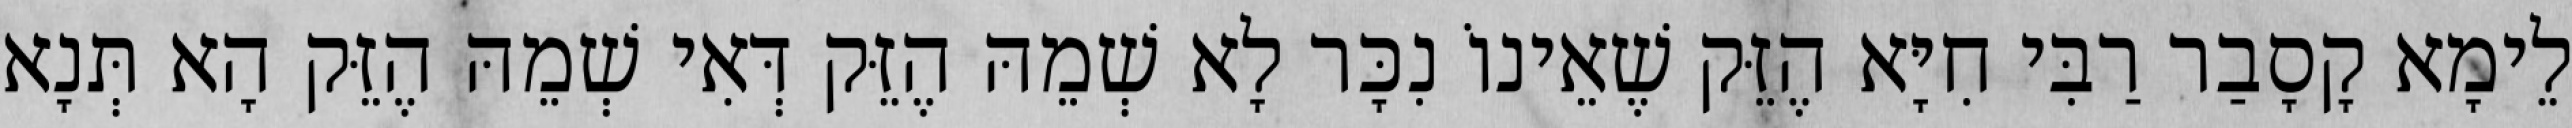
לֵימָא קָסָבַר רַבִּי חִיָּא הֶזֵּק שֶׁאֵינוֹ נִכָּר לָא שְׁמֵהּ הֶזֵּק דְּאִי שְׁמֵהּ הֶזֵּק הָא תְּנָא